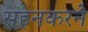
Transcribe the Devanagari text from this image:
सहनकरने